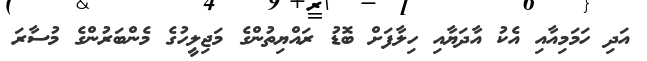
އަދި ހަމަމިއާއި އެކު އާދަޔާއި ހިލާފަށް ބޮޑު ރައްޔިތުންގެ މަޖިލީހުގެ މެންބަރުންގެ މުސާރަ